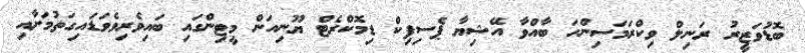
ބޮޑުވަޒީރު ރަނިލް ވިކްރަމަސިންހަ ބާއްވާ އޭޝިޔާ ޕެސިފިކް ޑިމޮކްރެޓް ޔޫނިއަން މީޓިންގައި ބައިވެރިވެވަޑައިގަތުމަށާއި